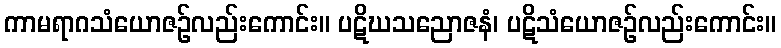
ကာမရာဂသံယောဇဉ်လည်းကောင်း။ ပဋိဃသညောဇနံ၊ ပဋိသံယောဇဉ်လည်းကောင်း။